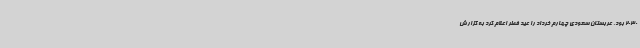
2030 بود. عربستان سعودی چهارم خرداد را عید فطر اعلام کرد به گزارش